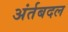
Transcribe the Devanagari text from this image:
अंर्तबदल